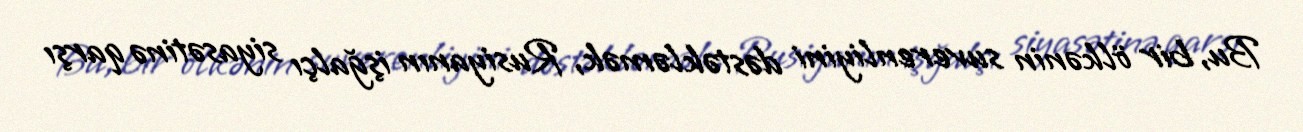
Bu, bir ölkənin suverenliyini dəstəkləmək, Rusiyanın işğalçı siyasətinə qarşı